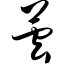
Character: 昙